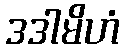
ဒဒါမိဟံ